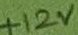
Text: +12V